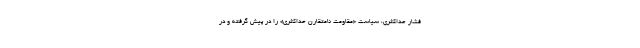
فشار حداکثری، سیاست «مقاومت نامتقارن حداکثری» را در پیش گرفته و در